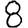
Digit: 8